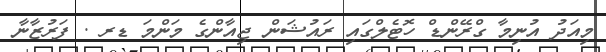
މިއަދު އުނިމާ ގްރޭންޑް ހޮޓެލްގައި ރައުޝަން ޖިއާންގެ މަންމަ ޑރ . ފަރުޒާނާ